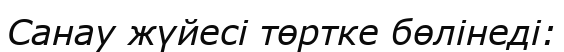
Санау жүйесi төртке бөлiнедi: